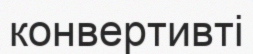
конвертивті